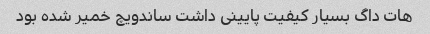
هات داگ بسیار کیفیت پایینی داشت ساندویچ خمیر شده بود